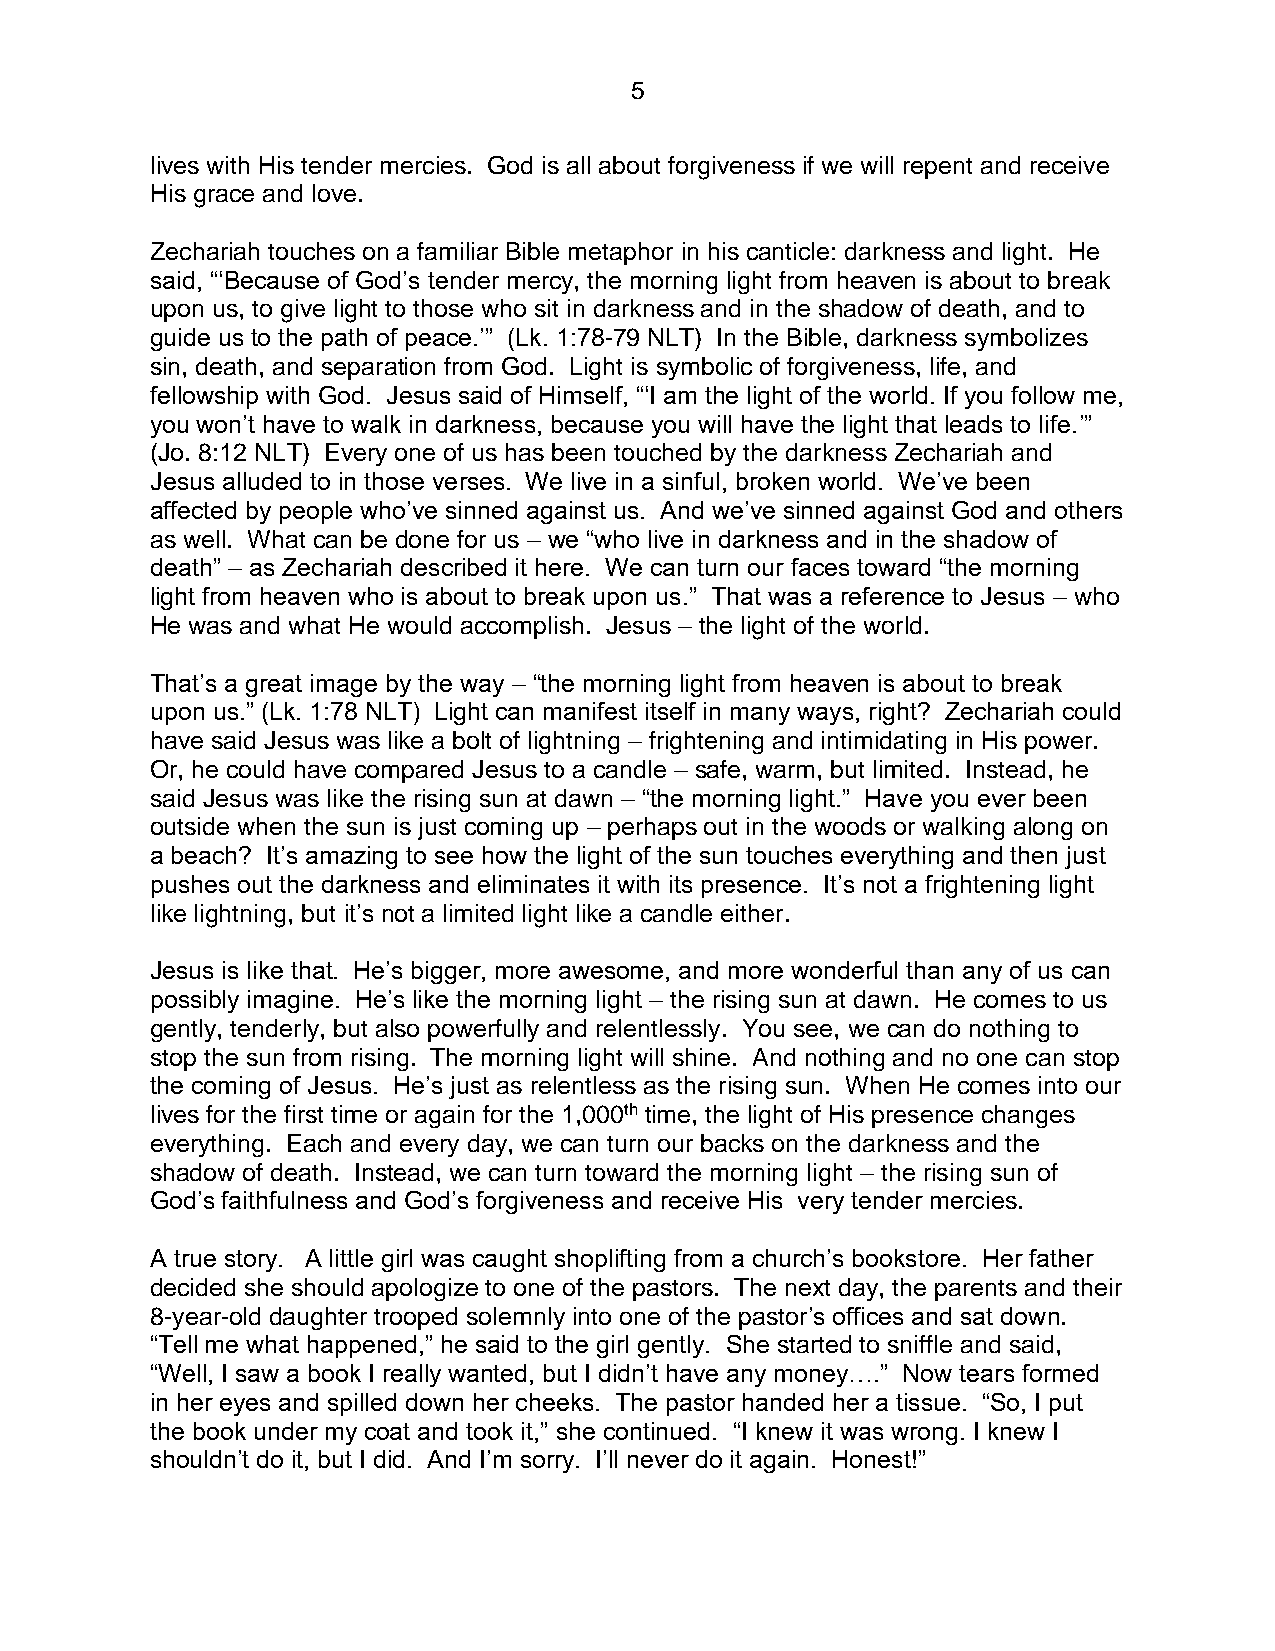
5
 lives with His tender mercies. God is all about forgiveness if we will repent and receive
 His grace and love.
 Zechariah touches on a familiar Bible metaphor in his canticle: darkness and light. He
 said, “‘Because of God’s tender mercy, the morning light from heaven is about to break
 upon us, to give light to those who sit in darkness and in the shadow of death, and to
 guide us to the path of peace.’” (Lk. 1:78-79 NLT) In the Bible, darkness symbolizes
 sin, death, and separation from God. Light is symbolic of forgiveness, life, and
 fellowship with God. Jesus said of Himself, “‘I am the light of the world. If you follow me,
 you won’t have to walk in darkness, because you will have the light that leads to life.’”
 (Jo. 8:12 NLT) Every one of us has been touched by the darkness Zechariah and
 Jesus alluded to in those verses. We live in a sinful, broken world. We’ve been
 affected by people who’ve sinned against us. And we’ve sinned against God and others
 as well. What can be done for us – we “who live in darkness and in the shadow of
 death” – as Zechariah described it here. We can turn our faces toward “the morning
 light from heaven who is about to break upon us.” That was a reference to Jesus – who
 He was and what He would accomplish. Jesus – the light of the world.
 That’s a great image by the way – “the morning light from heaven is about to break
 upon us.” (Lk. 1:78 NLT) Light can manifest itself in many ways, right? Zechariah could
 have said Jesus was like a bolt of lightning – frightening and intimidating in His power.
 Or, he could have compared Jesus to a candle – safe, warm, but limited. Instead, he
 said Jesus was like the rising sun at dawn – “the morning light.” Have you ever been
 outside when the sun is just coming up – perhaps out in the woods or walking along on
 a beach? It’s amazing to see how the light of the sun touches everything and then just
 pushes out the darkness and eliminates it with its presence. It’s not a frightening light
 like lightning, but it’s not a limited light like a candle either.
 Jesus is like that. He’s bigger, more awesome, and more wonderful than any of us can
 possibly imagine. He’s like the morning light – the rising sun at dawn. He comes to us
 gently, tenderly, but also powerfully and relentlessly. You see, we can do nothing to
 stop the sun from rising. The morning light will shine. And nothing and no one can stop
 the coming of Jesus. He’s just as relentless as the rising sun. When He comes into our
 lives for the first time or again for the 1,000th time, the light of His presence changes
 everything. Each and every day, we can turn our backs on the darkness and the
 shadow of death. Instead, we can turn toward the morning light – the rising sun of
 God’s faithfulness and God’s forgiveness and receive His very tender mercies.
 A true story. A little girl was caught shoplifting from a church’s bookstore. Her father
 decided she should apologize to one of the pastors. The next day, the parents and their
 8-year-old daughter trooped solemnly into one of the pastor’s offices and sat down.
 “Tell me what happened,” he said to the girl gently. She started to sniffle and said,
 “Well, I saw a book I really wanted, but I didn’t have any money….” Now tears formed
 in her eyes and spilled down her cheeks. The pastor handed her a tissue. “So, I put
 the book under my coat and took it,” she continued. “I knew it was wrong. I knew I
 shouldn’t do it, but I did. And I’m sorry. I’ll never do it again. Honest!”